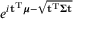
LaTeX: \! \, e ^ { i \mathbf { t } ^ { \mathrm { T } } { \boldsymbol { \mu } } - { \sqrt { \mathbf { t } ^ { \mathrm { T } } { \boldsymbol { \Sigma } } \mathbf { t } } } }